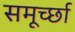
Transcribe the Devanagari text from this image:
समूर्च्छा